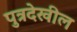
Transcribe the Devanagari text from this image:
पुत्रदेखील